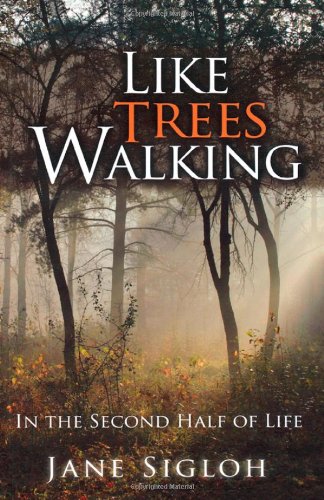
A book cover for Like Trees Walking: In the Second Half of Life; Jane Sigloh; Christian Books & Bibles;